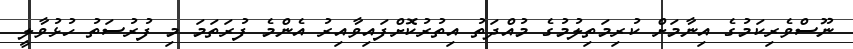
ނޫސްވެރިކަމުގެ އިނާމަށް ކުރިމަތިލުމުގެ މުއްދަތު އިތުރުކޮށްފައިވާއިރު އެންމެ ފުރަތަމަ މި ފުރުސަތު ހުޅުވާލީ